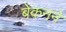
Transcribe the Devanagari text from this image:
बेकनने